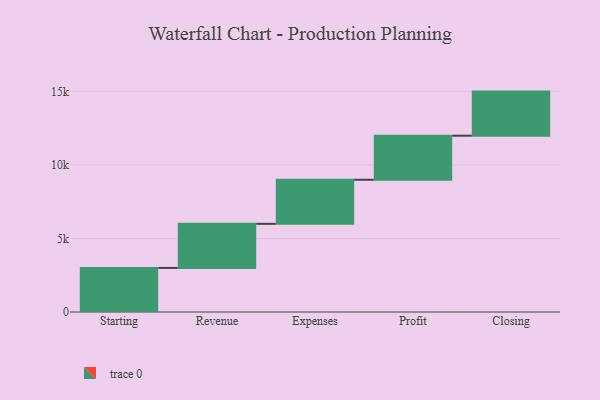
{"axis": {"x": "Step", "y": "Value"}, "legend": [""], "data": [{"x": "Starting", "y": 3000, "type": ""}, {"x": "Revenue", "y": 3000, "type": ""}, {"x": "Expenses", "y": 3000, "type": ""}, {"x": "Profit", "y": 3000, "type": ""}, {"x": "Closing", "y": 3000, "type": ""}]}